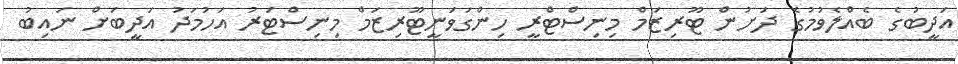
އަދީބުގެ ބެއްލެވުމުގެ ދަށުން ޓޫރިޒަމް މިނިސްޓްރީ ހިންގަވަނީޓޫރިޒަމް މިނިސްޓަރު އަހުމަދު އަދީބަށް ނައިބު